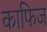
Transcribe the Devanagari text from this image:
काफिज